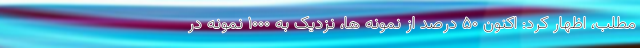
مطلب، اظهار کرد: اکنون ۵۰ درصد از نمونه ها، نزدیک به ۱۰۰۰ نمونه در